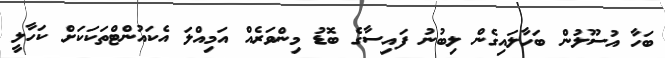
ބަހާ އުސޫލުން ބަހާލައިގެން ލިބުނު ފައިސާގެ ބޮޑު މިންވަރެއް އަމިއްލަ އެކައުންޓްތަކަކަށް ކަހާލީ